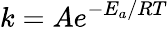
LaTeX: k=Ae^{-E_{a}/RT}